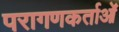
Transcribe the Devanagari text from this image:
परागणकर्ताओं